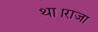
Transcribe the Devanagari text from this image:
था।राजा